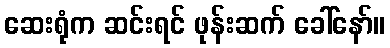
ဆေးရုံက ဆင်းရင် ဖုန်းဆက် ခေါ်နော်။